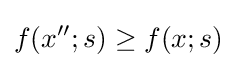
f(x'';s)\geq f(x;s)